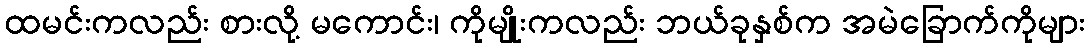
ထမင်းကလည်း စားလို့ မကောင်း၊ ကိုမျိုးကလည်း ဘယ်ခုနှစ်က အမဲခြောက်ကိုများ